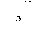
Letter: _dal